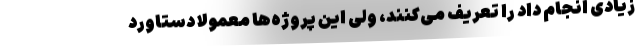
زیادی انجام داد را تعریف می‌کنند، ولی این پروژه‌ها معمولا دستاورد